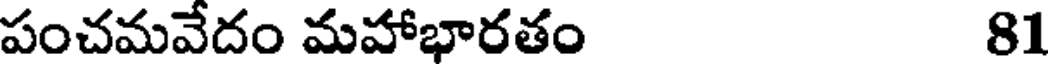
పంచమవేదం మహాభారతం 81